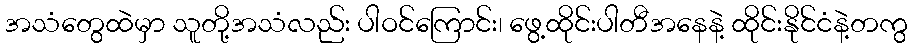
အသံတွေထဲမှာ သူတို့အသံလည်း ပါဝင်ကြောင်း၊ ဖွေ့ထိုင်းပါတီအနေနဲ့ ထိုင်းနိုင်ငံနဲ့တကွ